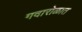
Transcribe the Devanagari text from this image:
गदारोळात